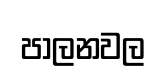
පාලනවල